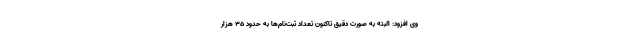
وی افزود: البته به صورت دقیق تاکنون تعداد ثبت‌نام‌ها به حدود ۳۵ هزار